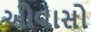
ઓવાસો